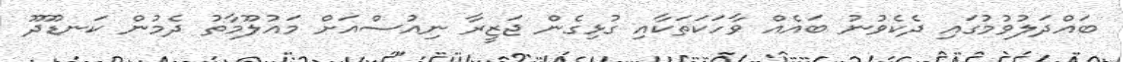
ބައްދަލުވުމުގައި ދެކެވުނު ބައެއް ވާހަކަތަކާއި ގުޅިގެން ޖަޒީރާ ނިއުސްއަށް މައުލޫމާތު ދެމުން ކަނޑޫދޫ